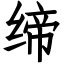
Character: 缔